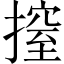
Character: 𢲼